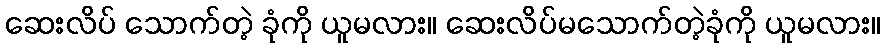
ဆေးလိပ် သောက်တဲ့ ခုံကို ယူမလား။ ဆေးလိပ်မသောက်တဲ့ခုံကို ယူမလား။